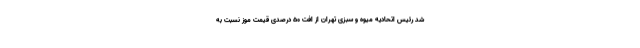
شد رئیس اتحادیه میوه و سبزی تهران از افت ۵۰ درصدی قیمت موز نسبت به